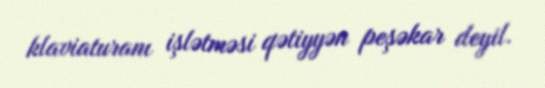
klaviaturanı işlətməsi qətiyyən peşəkar deyil.